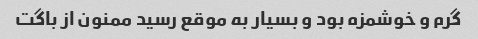
گرم و خوشمزه بود و بسیار به موقع رسید ممنون از باگت